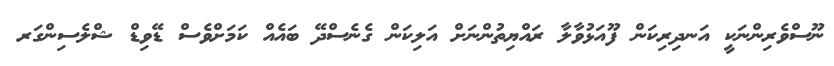
ނޫސްވެރިންނަކީ އަނދިރިކަން ފޫއަޅުވާލާ ރައްޔިތުންނަށް އަލިކަން ގެނެސްދޭ ބައެއް ކަމަށްވެސް ޑޭވިޑް ޝްލެސިންގަރ